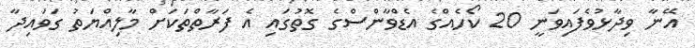
އޭނާ ވިދާޅުވެފައިވަނީ 20 ކޯހެއްގެ އެޑްވާންސްގެ ގޮތުގައި އެ ފަރާތްތަކަށް މާލިއްޔަތު ގަވައިދާ